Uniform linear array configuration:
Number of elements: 12
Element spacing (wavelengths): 0.75
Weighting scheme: hann
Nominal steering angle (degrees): -15
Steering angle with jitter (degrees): -13.971
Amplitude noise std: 0.05
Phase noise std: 0.05

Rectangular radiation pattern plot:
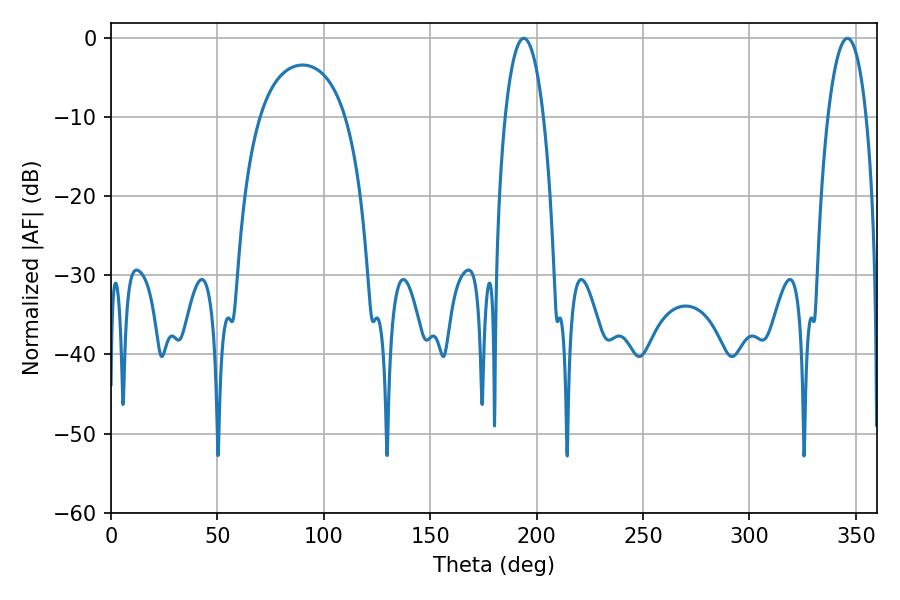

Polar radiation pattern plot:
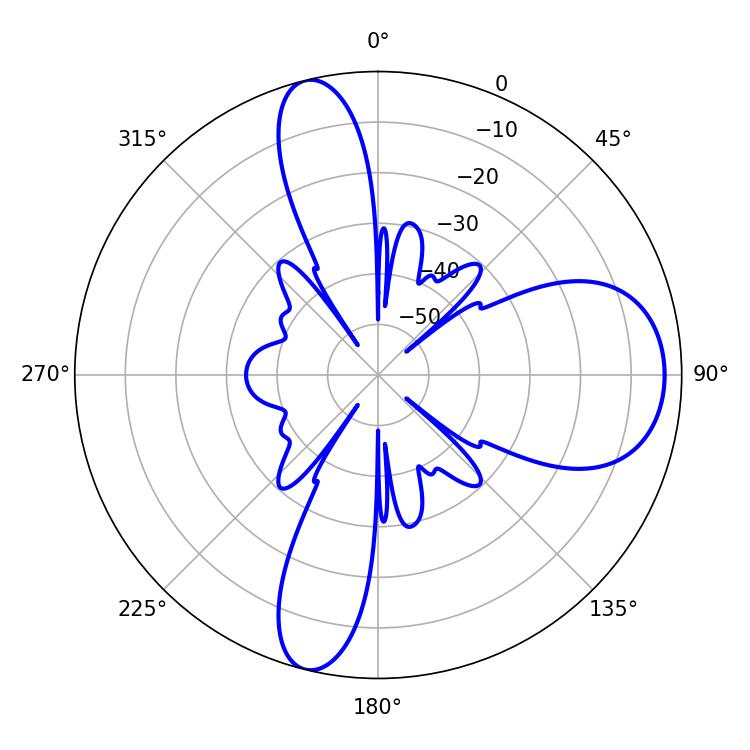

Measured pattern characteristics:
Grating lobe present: TRUE
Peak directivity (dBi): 11.553
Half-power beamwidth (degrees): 10.08
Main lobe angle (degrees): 194.04